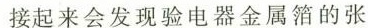
接起来会发现验电器金属箔的张